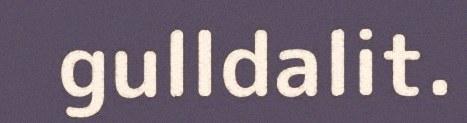
gulldalit.